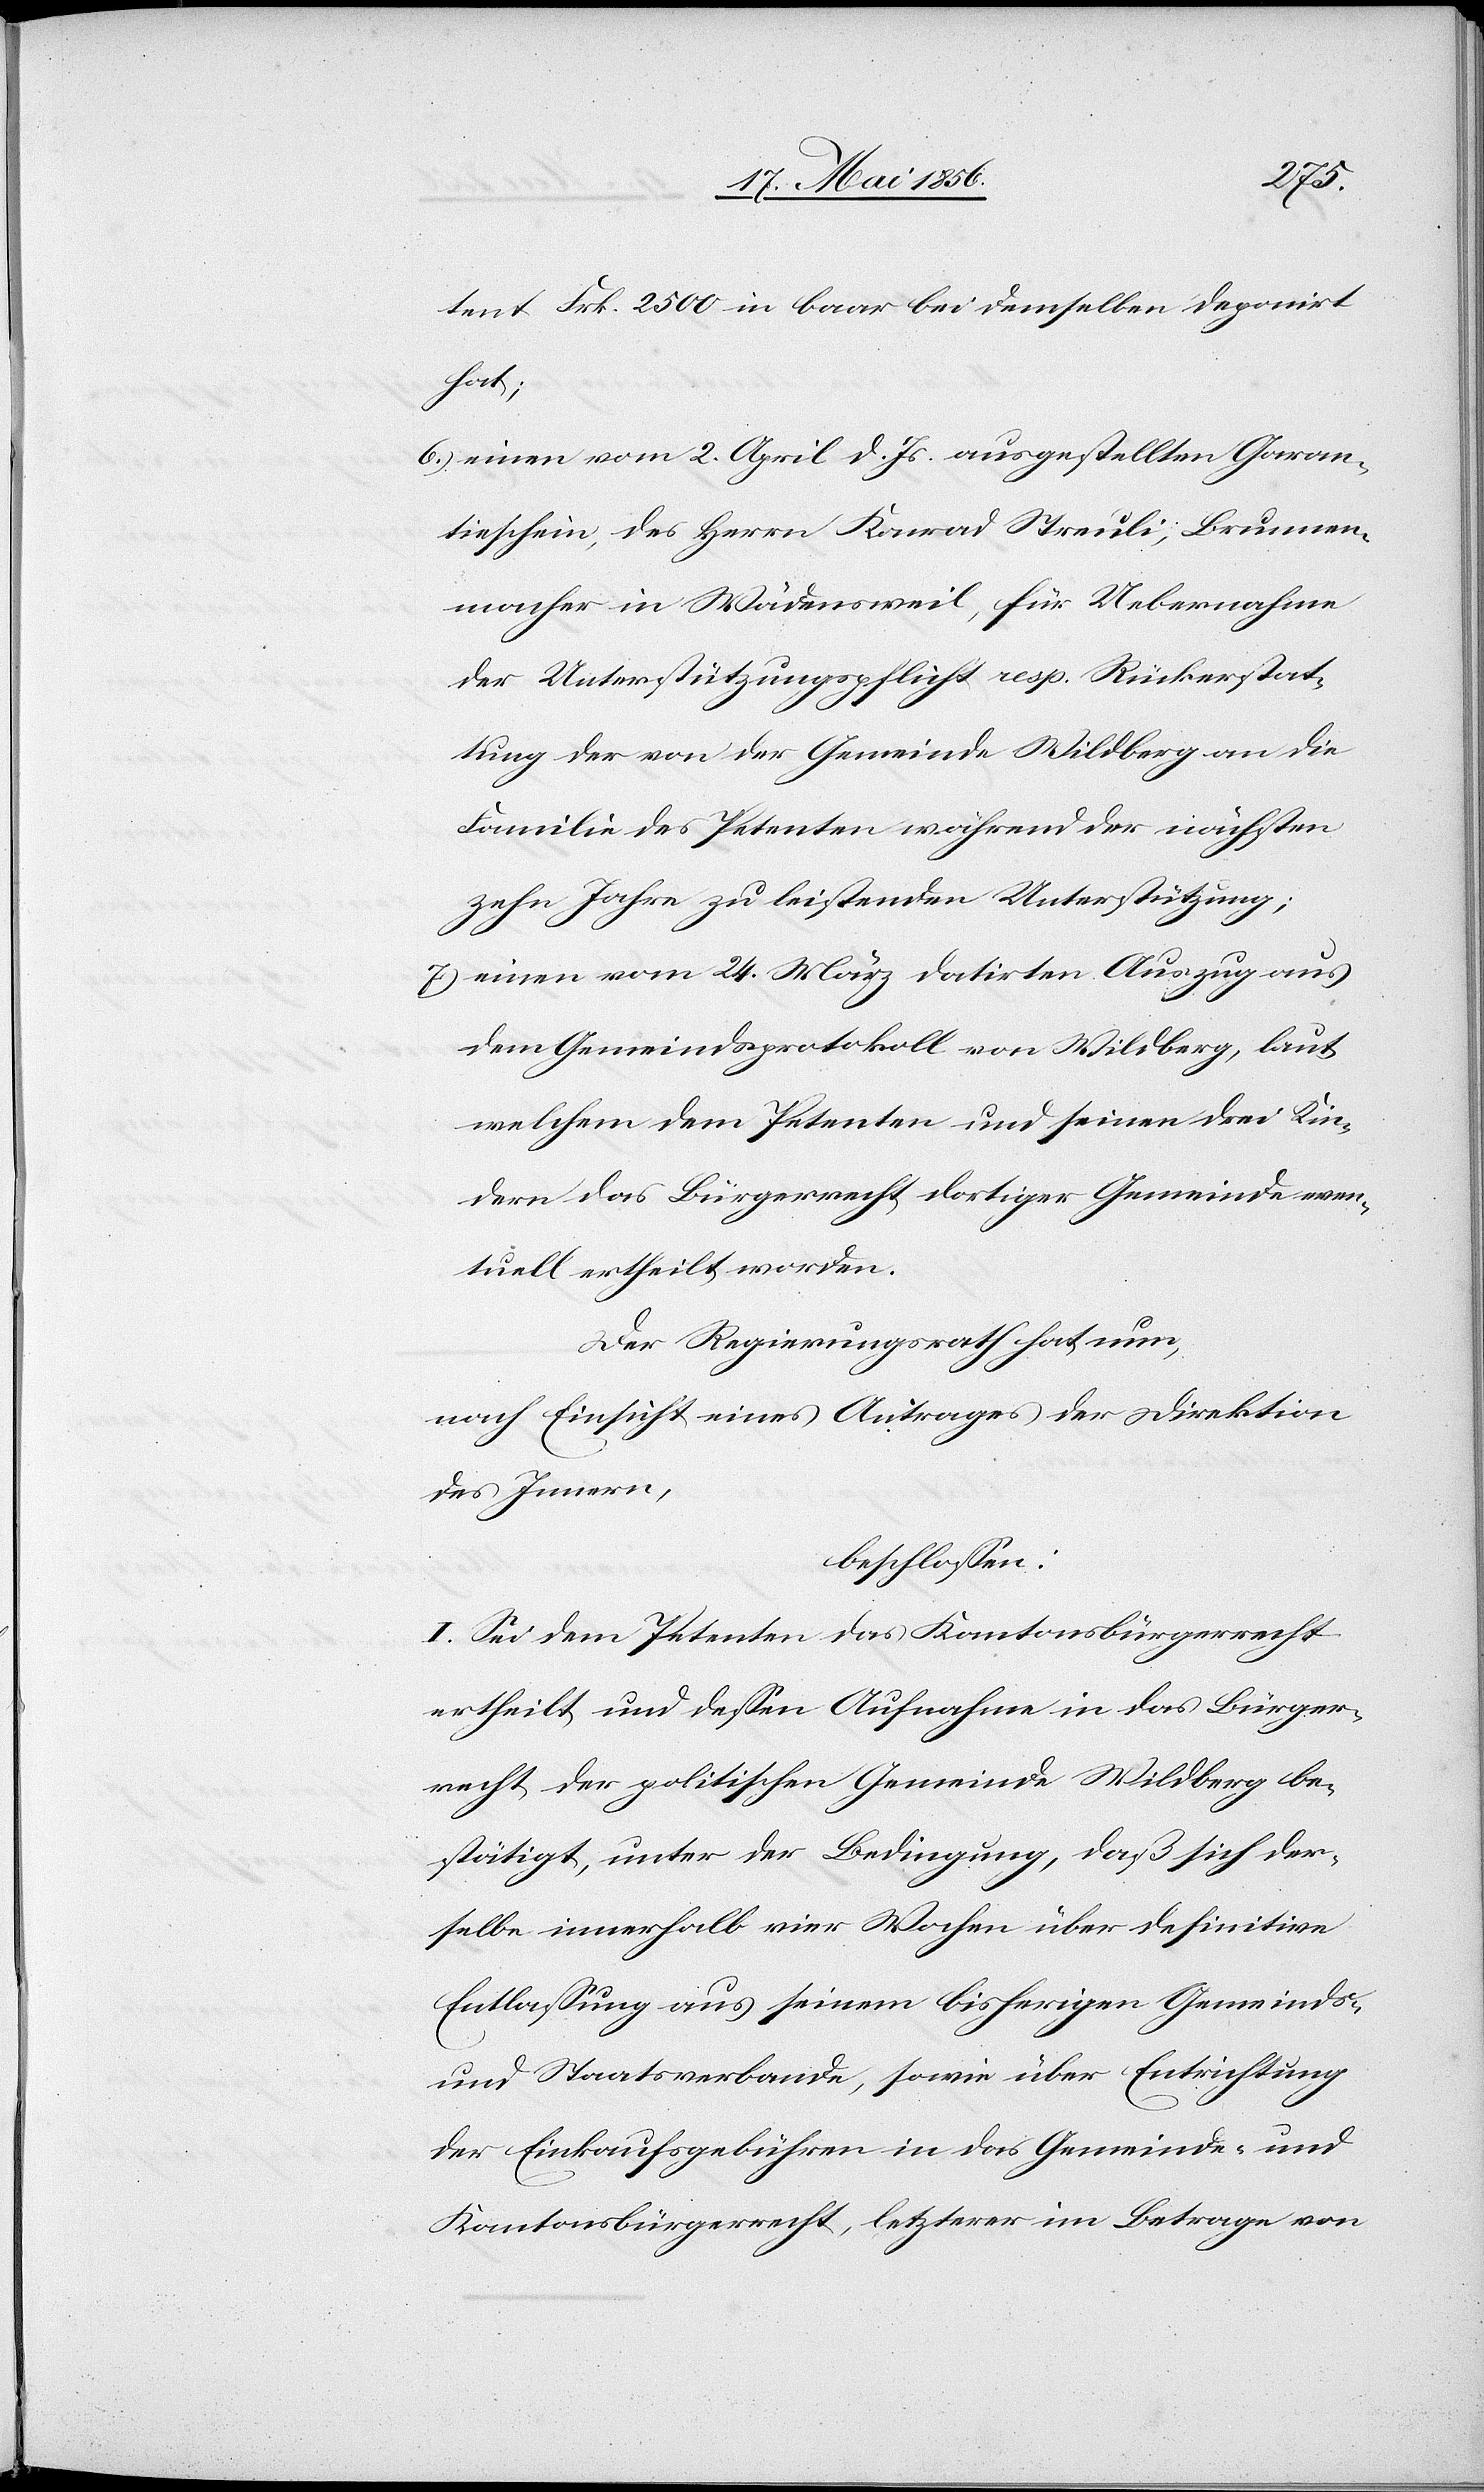
tent Frk. 2500 in baar bei demselben deponirt
hat;
6.) einen vom 2. April d. Js. ausgestellten Garan¬
tieschein, des Herrn Konrad Streuli; Brunnen¬
macher in Wädensweil, für Uebernahme
der Unterstützungspflicht resp. Rückerstat¬
tung der von der Gemeinde Wildberg an die
Familie des Petenten während der nächsten
zehn Jahre zu leistenden Unterstützung;
7.) einen vom 24. März datirten Auszug aus
dem Gemeindsprotokoll von Wildberg, laut
welchem dem Petenten und seinen drei Kin¬
dern das Bürgerrecht dortiger Gemeinde even¬
tuell ertheilt worden.
Der Regierungsrath hat nun,
nach Einsicht eines Antrages der Direktion
des Innern,
beschlossen:
I. Sei dem Petenten das Kantonsbürgerrecht
ertheilt und dessen Aufnahme in das Bürger¬
recht der politischen Gemeinde Wildberg be¬
stätigt, unter der Bedingung, daß sich der¬
selbe innerhalb vier Wochen über definitive
Entlassung aus seinem bisherigen Gemeinds-
und Staatsverbande, sowie über Entrichtung
der Einkaufsgebühren in das Gemeinde- und
Kantonsbürgerrecht, letzterer im Betrage von